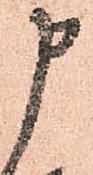
申